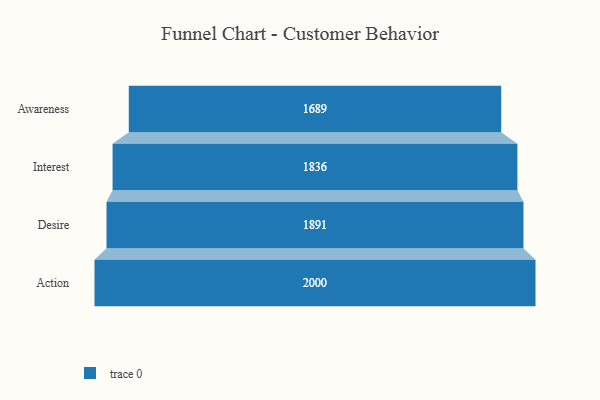
{"axis": {"x": "Stage", "y": "Value"}, "legend": [""], "data": [{"x": "Awareness", "y": 1689.0, "type": ""}, {"x": "Interest", "y": 1836.0, "type": ""}, {"x": "Desire", "y": 1891.0, "type": ""}, {"x": "Action", "y": 2000, "type": ""}]}